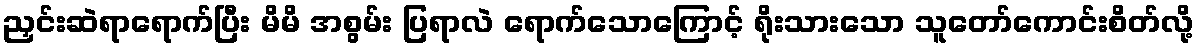
ညှင်းဆဲရာရောက်ပြီး မိမိ အစွမ်း ပြရာလဲ ရောက်သောကြောင့် ရိုးသားသော သူတော်ကောင်းစိတ်လို့